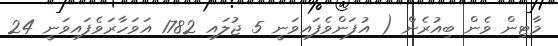
މާޓިން ވެން ބިއުރެން ( އުފަންވެފައިވަނީ 5 ޖުލައި 1782 އަވަހާރަވެފައިވަނީ 24